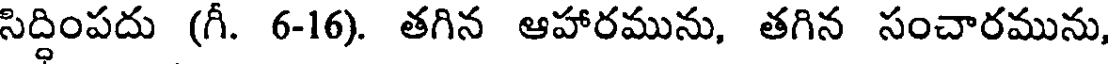
సిద్ధింపదు (గీ. 6-16). తగిన ఆహారమును, తగిన సంచారమును,